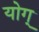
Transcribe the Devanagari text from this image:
योग्‌